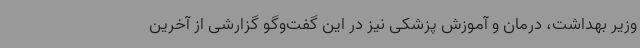
وزیر بهداشت، درمان و آموزش پزشکی نیز در این گفت‌وگو گزارشی از آخرین